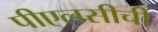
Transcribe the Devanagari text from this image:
पीएलसीची